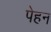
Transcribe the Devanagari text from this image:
पेहन